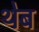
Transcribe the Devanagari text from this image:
थेब